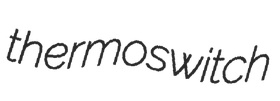
thermoswitch